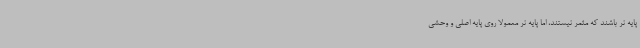
پایه نر باشند که مثمر نیستند، اما پایه نر معمولا روی پایه اصلی و وحشی